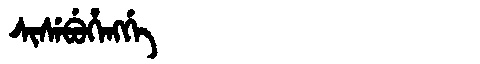
Manchu: ᠰᡳᠰᡝᠪᡠᡥᡝᠩᡤᡝ
Romanization: SISEBUHENGGE